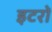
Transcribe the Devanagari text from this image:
इटरों